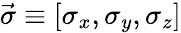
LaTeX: \vec{\sigma}\equiv[\sigma_{x},\sigma_{y},\sigma_{z}]